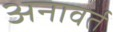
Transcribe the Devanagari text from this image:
अनावर्त